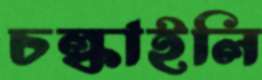
চল্‌কাইলি